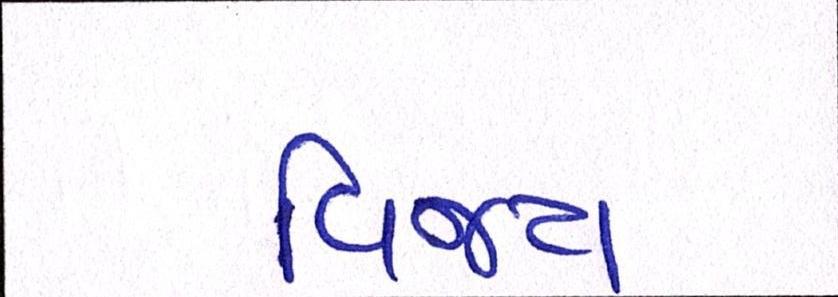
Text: વિજય